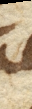
per